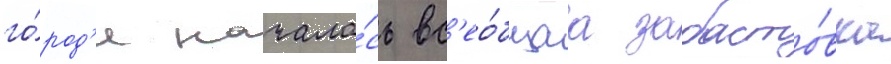
го́род'е начала́сь вс'ео́бщаа забасто́вка